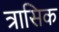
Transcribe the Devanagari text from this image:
त्रासिक